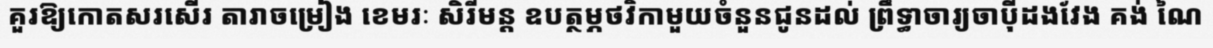
គួរឱ្យកោតសរសើរ តារាចម្រៀង ខេមរៈ សិរីមន្ត ឧបត្ថម្ភថវិកាមួយចំនួនជូនដល់ ព្រឹទ្ធាចារ្យចាប៉ីដងវែង គង់ ណៃ